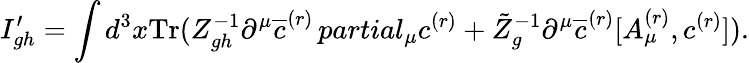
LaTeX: I_{gh}^{\prime}=\int d^{3}x\mathrm{Tr}(Z_{gh}^{-1}\partial^{\mu}\overline{{{c}}}^{(r)}\, partial_{\mu}c^{(r)}+\tilde{Z}_{g}^{-1}\partial^{\mu}\overline{{{c}}}^{(r)}[A_{\mu}^{(r)},c^{(r)}]).